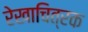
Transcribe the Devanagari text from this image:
रेखाचित्रक